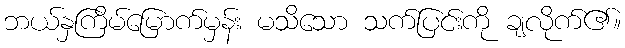
ဘယ်နှကြိမ်မြောက်မှန်း မသိသော သက်ပြင်းကို ချလိုက်၏။